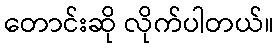
တောင်းဆို လိုက်ပါတယ်။